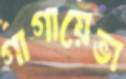
গাগায়েভা